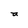
Character: a